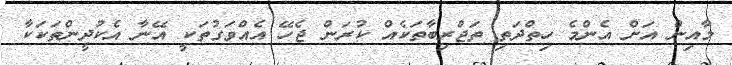
މާއިން އަށް އެންމެ ހިތްދަތި ތަޖްރިބާތަކެއް ކުރަން ޖެހޭ އެއްވަގުތަކީ އޭނާ އެކުދީންތަކަކާ